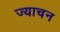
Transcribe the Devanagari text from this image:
ज्याचन